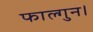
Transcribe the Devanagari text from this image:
फाल्गुन।